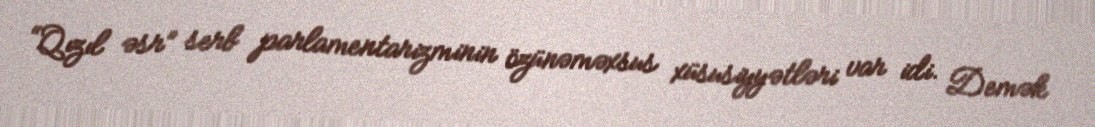
“Qızıl əsr” serb parlamentarizminin özünəməxsus xüsusiyyətləri var idi. Demək